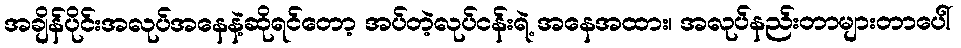
အချိန်ပိုင်းအလုပ်အနေနဲ့ဆိုရင်တော့ အပ်တဲ့လုပ်ငန်းရဲ့ အနေအထား၊ အလုပ်နည်းတာများတာပေါ်